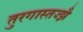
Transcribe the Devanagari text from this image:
तुरगास्तज्झै